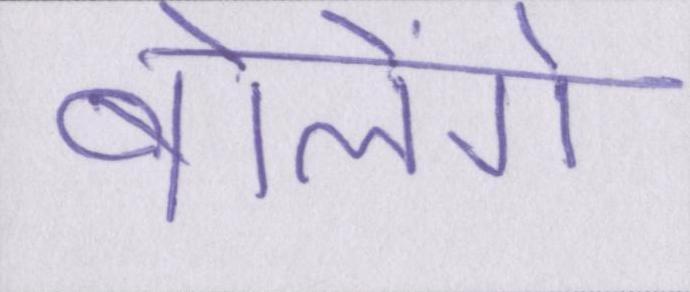
बोलेंगे